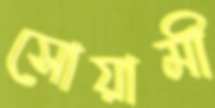
সোয়ামী